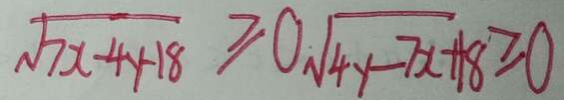
\sqrt { 7 x - 4 y - 1 8 } \geq 0 \sqrt { 4 y - 7 x + 1 8 } \geq 0